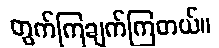
တွက်ကြချက်ကြတယ်။